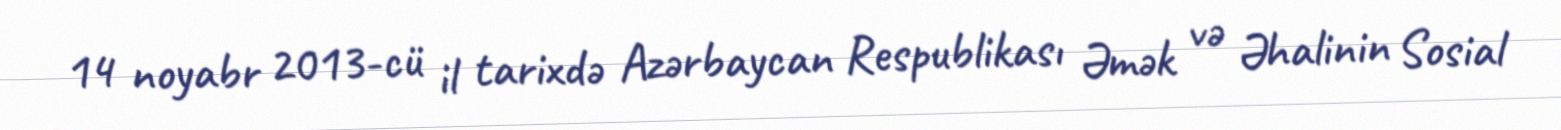
14 noyabr 2013-cü il tarixdə Azərbaycan Respublikası Əmək və Əhalinin Sosial